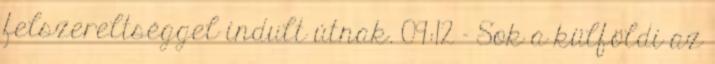
felszereltséggel indult útnak. 09:12 - Sok a külföldi az